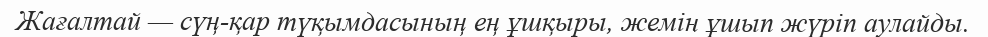
Жағалтай — сүң-қар түқымдасының ең ұшқыры, жемін ұшып жүріп аулайды.